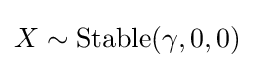
X\sim \operatorname {Stable} (\gamma ,0,0)